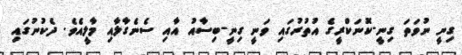
ގިިނީ ނުވަތަ ގިނީ-ކޮނަކްރީގެ އުތުރުގައި ވަނީ ގިނީ-ބިސާއު އާއި ސެނެގާލާއި މާލީއެވެ. ދެކުނުގައި